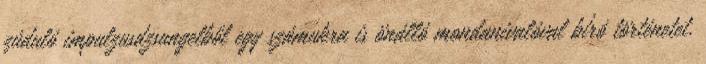
zúduló impulzusdzsungelből egy számukra is önálló mondanivalóval bíró történetet.